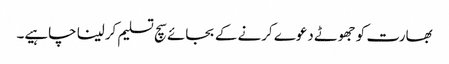
بھارت کو جھوٹے دعوے کرنے کے بجائے سچ تسلیم کرلینا چاہیے۔